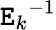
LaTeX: {\mathtt{E}_{k}}^{-1}